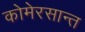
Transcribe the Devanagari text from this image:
कोमेरसान्त